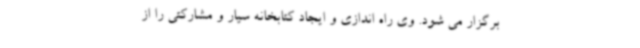
برگزار می شود. وی راه اندازی و ایجاد کتابخانه سیار و مشارکتی را از